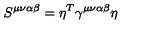
S ^ { \mu \nu \alpha \beta } = \eta ^ { T } \gamma ^ { \mu \nu \alpha \beta } \eta